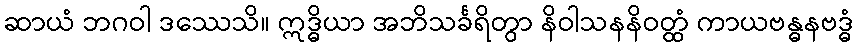
ဆာယံ ဘဂဝါ ဒဿေသိ။ ဣဒ္ဓိယာ အဘိသင်္ခရိတွာ နိဝါသနနိဝတ္ထံ ကာယဗန္ဓနဗဒ္ဓံ